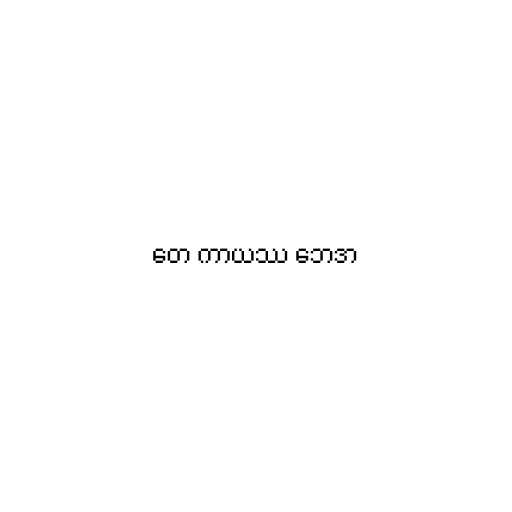
တေ ကာယဿ ဘေဒာ